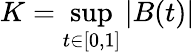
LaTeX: K=\operatorname*{sup}_{t\in[0,1]}|B(t)|